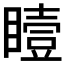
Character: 𪾼